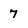
Character: 7